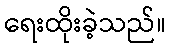
ရေးထိုးခဲ့သည်။